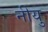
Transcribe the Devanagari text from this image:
नीयु